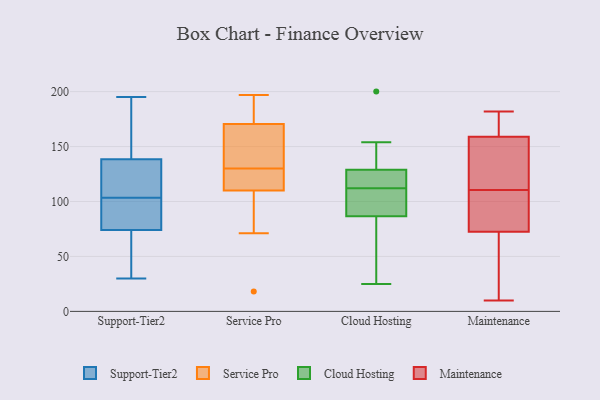
{"axis": {"x": "Bounce Rate (%)", "y": "Value"}, "legend": ["Cloud Hosting", "Maintenance", "Service Pro", "Support-Tier2"], "data": [{"x": "", "y": 182, "type": "Support-Tier2"}, {"x": "", "y": 91, "type": "Support-Tier2"}, {"x": "", "y": 69, "type": "Support-Tier2"}, {"x": "", "y": 30, "type": "Support-Tier2"}, {"x": "", "y": 79, "type": "Support-Tier2"}, {"x": "", "y": 99, "type": "Support-Tier2"}, {"x": "", "y": 120, "type": "Support-Tier2"}, {"x": "", "y": 152, "type": "Support-Tier2"}, {"x": "", "y": 68, "type": "Support-Tier2"}, {"x": "", "y": 108, "type": "Support-Tier2"}, {"x": "", "y": 184, "type": "Support-Tier2"}, {"x": "", "y": 122, "type": "Support-Tier2"}, {"x": "", "y": 169, "type": "Support-Tier2"}, {"x": "", "y": 84, "type": "Support-Tier2"}, {"x": "", "y": 125, "type": "Support-Tier2"}, {"x": "", "y": 43, "type": "Support-Tier2"}, {"x": "", "y": 122, "type": "Support-Tier2"}, {"x": "", "y": 195, "type": "Support-Tier2"}, {"x": "", "y": 86, "type": "Support-Tier2"}, {"x": "", "y": 62, "type": "Support-Tier2"}, {"x": "", "y": 71, "type": "Service Pro"}, {"x": "", "y": 121, "type": "Service Pro"}, {"x": "", "y": 107, "type": "Service Pro"}, {"x": "", "y": 158, "type": "Service Pro"}, {"x": "", "y": 197, "type": "Service Pro"}, {"x": "", "y": 192, "type": "Service Pro"}, {"x": "", "y": 18, "type": "Service Pro"}, {"x": "", "y": 125, "type": "Service Pro"}, {"x": "", "y": 127, "type": "Service Pro"}, {"x": "", "y": 133, "type": "Service Pro"}, {"x": "", "y": 174, "type": "Service Pro"}, {"x": "", "y": 191, "type": "Service Pro"}, {"x": "", "y": 86, "type": "Service Pro"}, {"x": "", "y": 113, "type": "Service Pro"}, {"x": "", "y": 167, "type": "Service Pro"}, {"x": "", "y": 167, "type": "Service Pro"}, {"x": "", "y": 118, "type": "Cloud Hosting"}, {"x": "", "y": 128, "type": "Cloud Hosting"}, {"x": "", "y": 85, "type": "Cloud Hosting"}, {"x": "", "y": 127, "type": "Cloud Hosting"}, {"x": "", "y": 148, "type": "Cloud Hosting"}, {"x": "", "y": 117, "type": "Cloud Hosting"}, {"x": "", "y": 91, "type": "Cloud Hosting"}, {"x": "", "y": 87, "type": "Cloud Hosting"}, {"x": "", "y": 50, "type": "Cloud Hosting"}, {"x": "", "y": 132, "type": "Cloud Hosting"}, {"x": "", "y": 53, "type": "Cloud Hosting"}, {"x": "", "y": 154, "type": "Cloud Hosting"}, {"x": "", "y": 25, "type": "Cloud Hosting"}, {"x": "", "y": 108, "type": "Cloud Hosting"}, {"x": "", "y": 112, "type": "Cloud Hosting"}, {"x": "", "y": 107, "type": "Cloud Hosting"}, {"x": "", "y": 200, "type": "Cloud Hosting"}, {"x": "", "y": 165, "type": "Maintenance"}, {"x": "", "y": 154, "type": "Maintenance"}, {"x": "", "y": 24, "type": "Maintenance"}, {"x": "", "y": 140, "type": "Maintenance"}, {"x": "", "y": 84, "type": "Maintenance"}, {"x": "", "y": 182, "type": "Maintenance"}, {"x": "", "y": 79, "type": "Maintenance"}, {"x": "", "y": 164, "type": "Maintenance"}, {"x": "", "y": 121, "type": "Maintenance"}, {"x": "", "y": 85, "type": "Maintenance"}, {"x": "", "y": 66, "type": "Maintenance"}, {"x": "", "y": 106, "type": "Maintenance"}, {"x": "", "y": 115, "type": "Maintenance"}, {"x": "", "y": 10, "type": "Maintenance"}, {"x": "", "y": 41, "type": "Maintenance"}, {"x": "", "y": 178, "type": "Maintenance"}]}